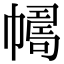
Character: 𢅂